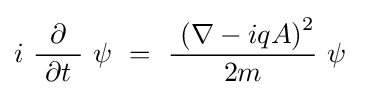
i\ {\frac {\partial }{\ \partial t\ }}\ \psi ~=~{\frac {\ \left(\nabla -iqA\right)^{2}}{2m}}\ \psi ~